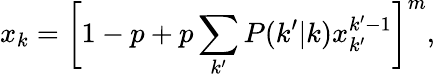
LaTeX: x_{k}=\bigg[1-p+p\sum_{k^{\prime}}P(k^{\prime}|k)x_{k^{\prime}}^{k^{\prime}-1}\bigg]^{m},